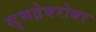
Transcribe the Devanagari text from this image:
सुभद्रेबरोबर